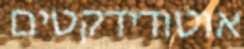
אוטודידקטים